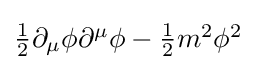
{\textstyle {\frac {1}{2}}\partial _{\mu }\phi \partial ^{\mu }\phi -{\frac {1}{2}}m^{2}\phi ^{2}}